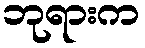
ဘုရားက